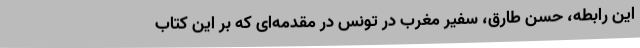
این رابطه، حسن طارق، سفیر مغرب در تونس در مقدمه‌ای که بر این کتاب